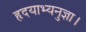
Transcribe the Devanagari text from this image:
हृदयाभ्यनुज्ञा।